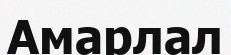
Амарлал